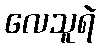
လေသူရဲ